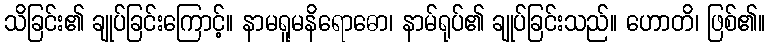
သိခြင်း၏ ချုပ်ခြင်းကြောင့်။ နာမရူမနိရောဓော၊ နာမ်ရုပ်၏ ချုပ်ခြင်းသည်။ ဟောတိ၊ ဖြစ်၏။